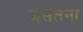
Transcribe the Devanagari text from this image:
असतना